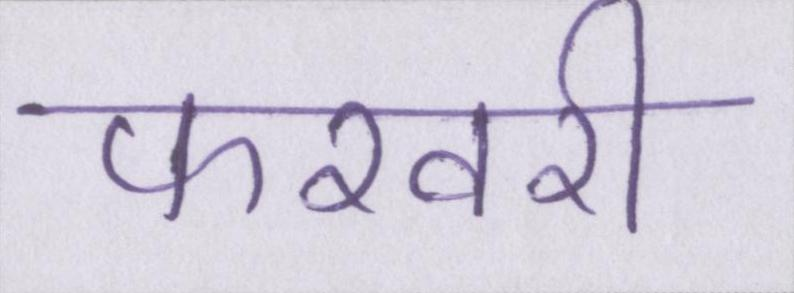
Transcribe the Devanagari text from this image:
फरवरी